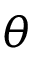
\theta